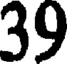
39